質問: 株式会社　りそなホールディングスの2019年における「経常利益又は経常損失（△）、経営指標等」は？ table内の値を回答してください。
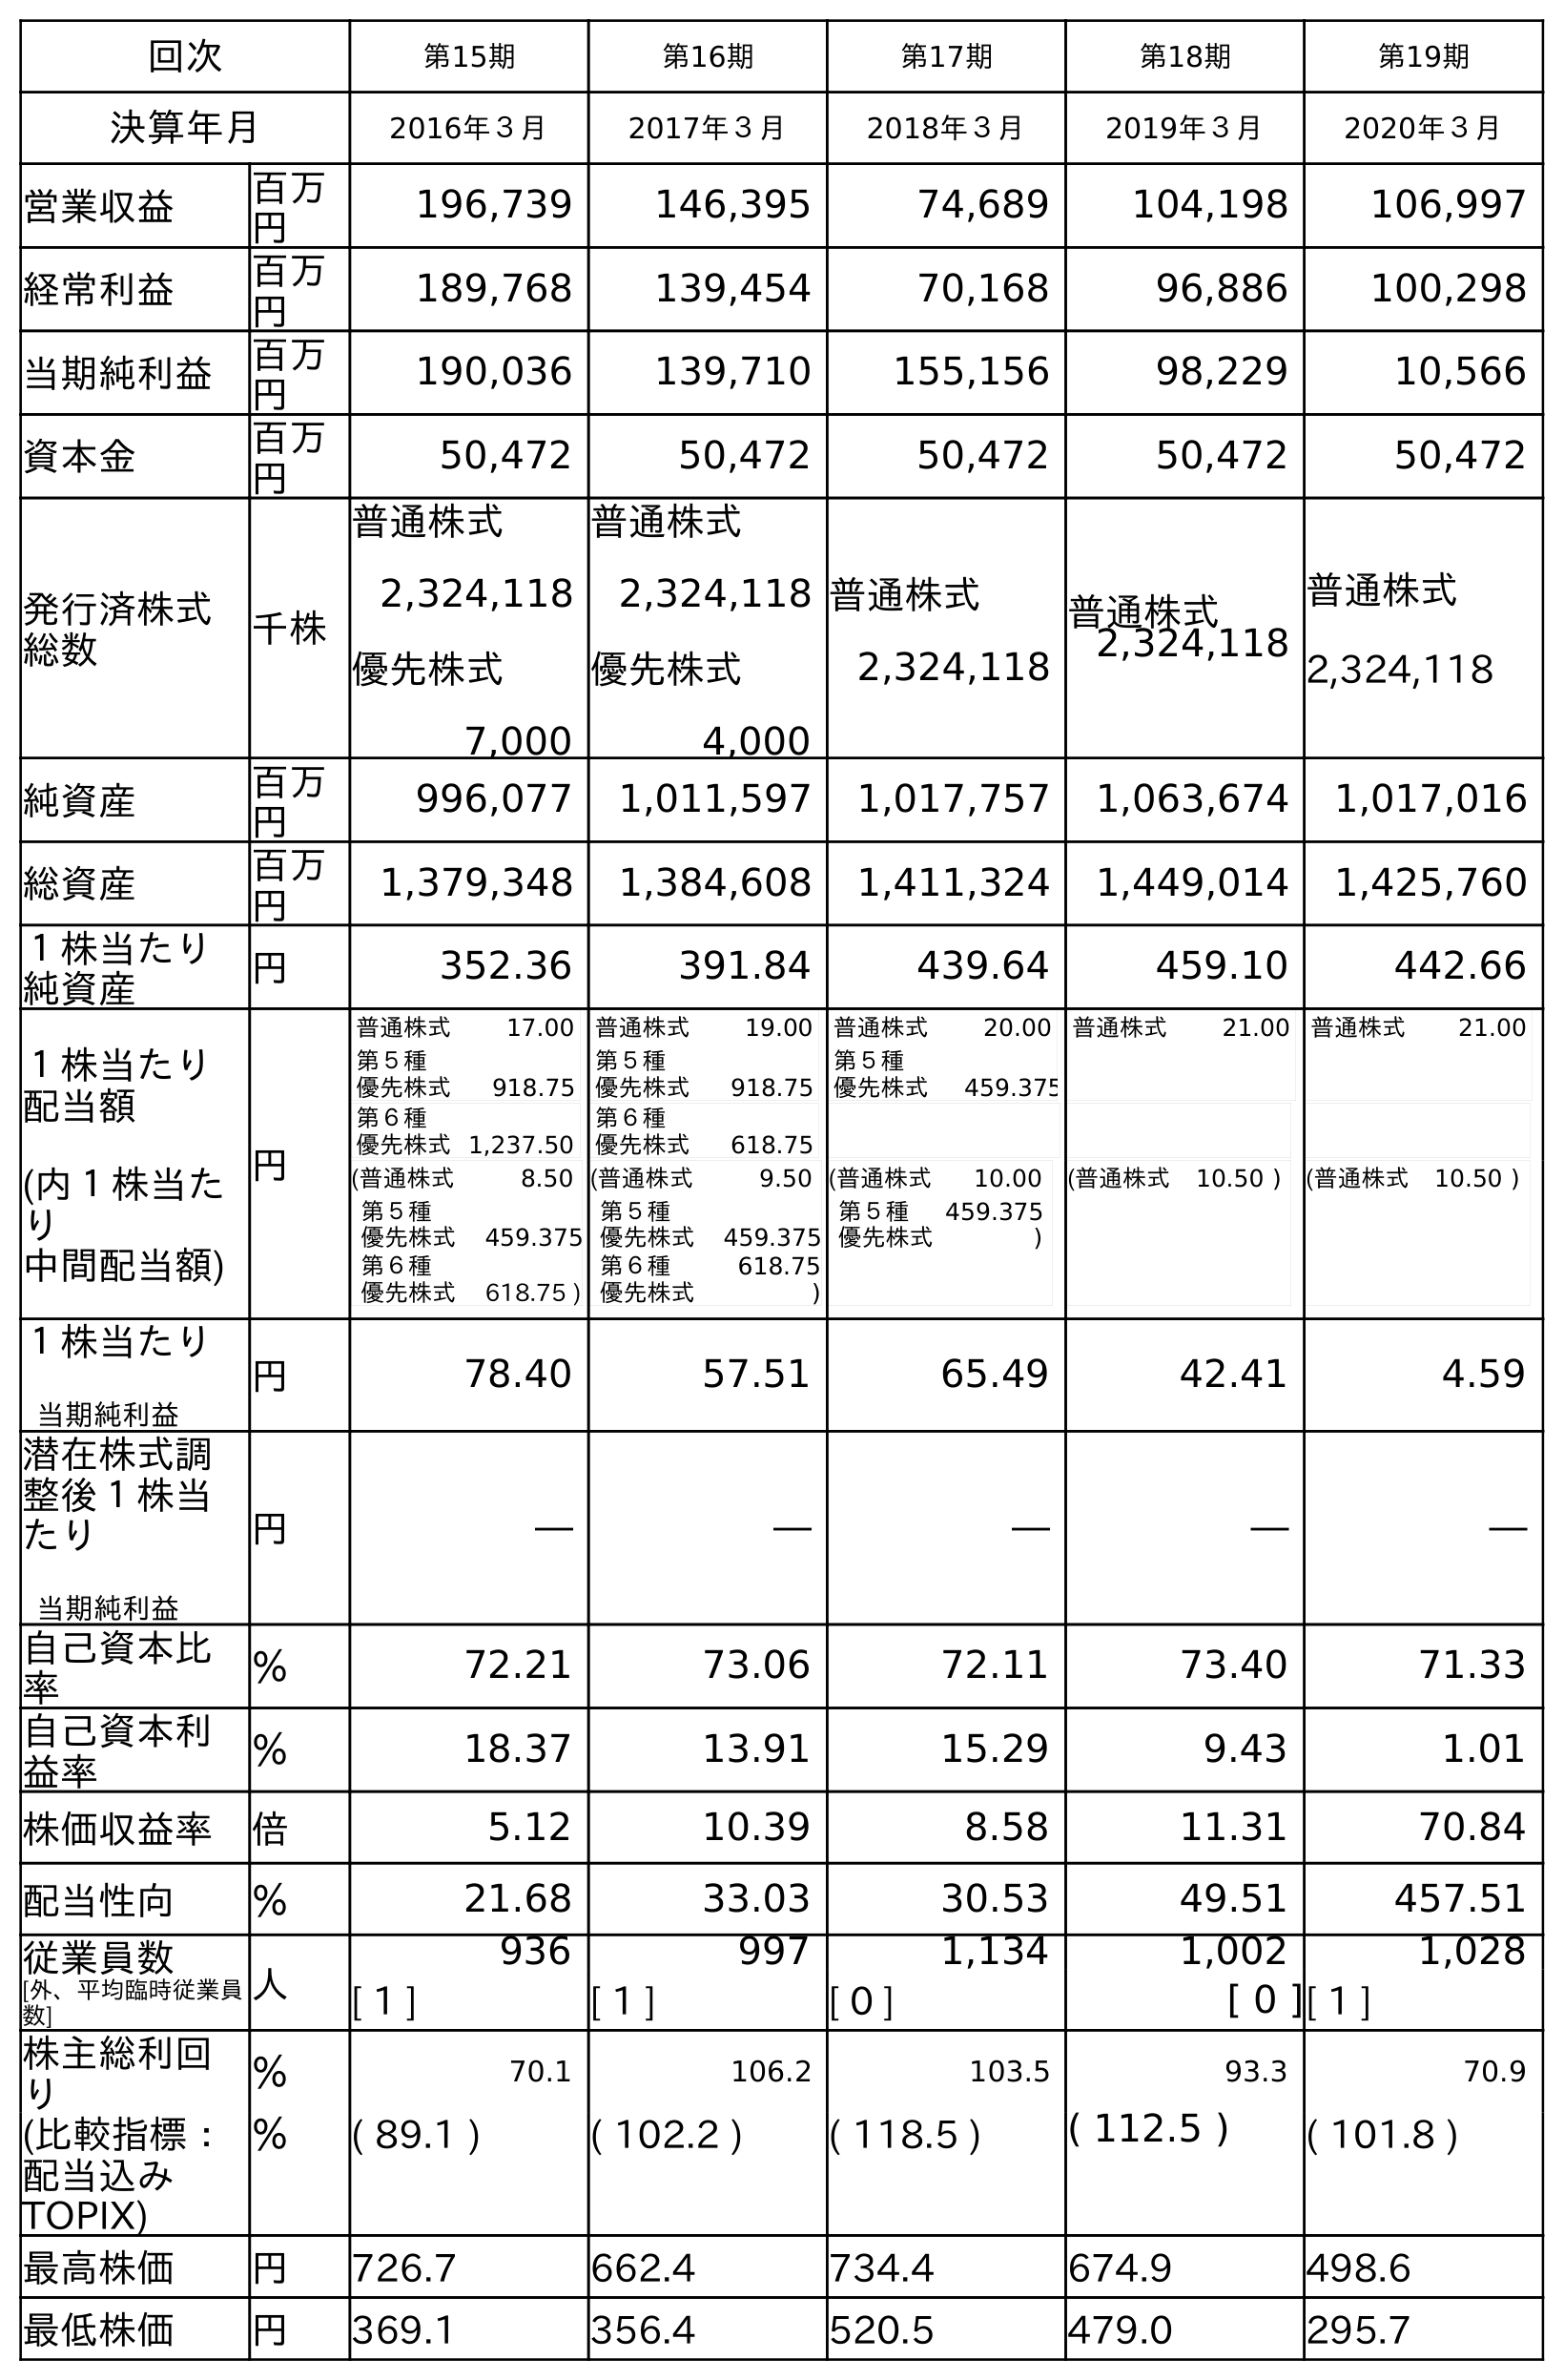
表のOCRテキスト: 回次 第15期 第16期 第17期 第18期 第19期 決算年月 2016年３月 2017年３月 2018年３月 2019年３月 2020年３月 営業収益 百万 円 196,739 146,395 74,689 104,198 106,997 経常利益 百万 円 189,768 139,454 70,168 96,886 100,298 当期純利益 百万 円 190,036 139,710 155,156 98,229 10,566 資本金 百万 円 50,472 50,472 50,472 50,472 50,472 発行済株式 総数 千株 普通株式 2,324,118 優先株式 7,000 普通株式 2,324,118 優先株式 4,000 普通株式 2,324,118 普通株式 2,324,118 普通株式 2,324,118 純資産 百万 円 996,077 1,011,597 1,017,757 1,063,674 1,017,016 総資産 百万 円 1,379,348 1,384,608 1,411,324 1,449,014 1,425,760 １株当たり 純資産 円 352.36 391.84 439.64 459.10 442.66 １株当たり 配当額 (内１株当た り 中間配当額) 円 普通株式 17.00 第５種 優先株式 918.75 第６種 優先株式1,237.50 普通株式 19.00 第５種 優先株式 918.75 第６種 優先株式 618.75 普通株式 20.00 第５種 優先株式 459.375 普通株式 21.00 普通株式 21.00 (普通株式 8.50 第５種 優先株式 459.375 第６種 優先株式 618.75 ) (普通株式 9.50 第５種 優先株式 459.375 第６種 優先株式 618.75 ) (普通株式 10.00 第５種 優先株式 459.375 ) (普通株式 10.50 ) (普通株式 10.50 ) １株当たり 当期純利益 円 78.40 57.51 65.49 42.41 4.59 潜在株式調 整後１株当 たり 当期純利益 円 ― ― ― ― ― 自己資本比 率 ％ 72.21 73.06 72.11 73.40 71.33 自己資本利 益率 ％ 18.37 13.91 15.29 9.43 1.01 株価収益率 倍 5.12 10.39 8.58 11.31 70.84 配当性向 ％ 21.68 33.03 30.53 49.51 457.51 従業員数 [外、平均臨時従業員 数] 人 936 997 1,134 1,002 1,028 [ 1 ] [ 1 ] [ 0 ] [ 0 ][ 1 ] 株主総利回 り ％ 70.1 106.2 103.5 93.3 70.9 (比較指標： 配当込み TOPIX) ％ ( 89.1 ) ( 102.2 ) ( 118.5 ) ( 112.5 ) ( 101.8 ) 最高株価 円 726.7 662.4 734.4 674.9 498.6 最低株価 円 369.1 356.4 520.5 479.0 295.7
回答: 96,886